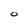
Character: O